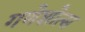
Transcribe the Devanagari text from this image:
गणेशोत्स